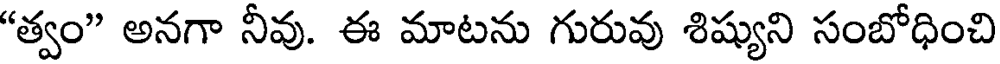
"త్వం" అనగా నీవు. ఈ మాటను గురువు శిష్యుని సంబోధించి